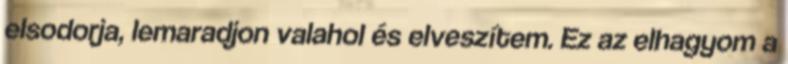
elsodorja, lemaradjon valahol és elveszítem. Ez az elhagyom a